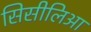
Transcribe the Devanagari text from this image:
सिसीलिआ